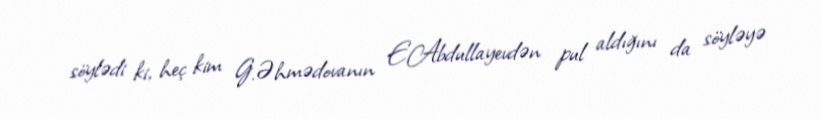
söylədi ki, heç kim G.Əhmədovanın E.Abdullayevdən pul aldığını da söyləyə